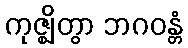
ကုဇ္ဈိတွာ ဘဂဝန္တံ